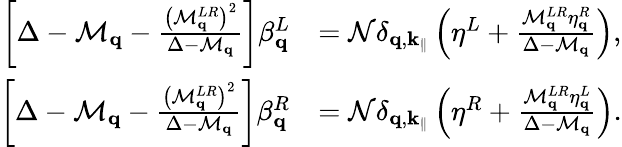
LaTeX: \begin{array}{rl}{\left[\Delta-\mathcal{M}_{\mathbf{q}}-\frac{\left(\mathcal{M}_{\mathbf{q}}^{LR}\right)^{2}}{\Delta-\mathcal{M}_{\mathbf{q}}}\right]\beta_{\mathbf{q}}^{L}}&{=\mathcal{N}\delta_{\mathbf{q},\mathbf{k}_{\parallel}}\left(\eta^{L}+\frac{\mathcal{M}_{\mathbf{q}}^{LR}\eta_{\mathbf{q}}^{R}}{\Delta-\mathcal{M}_{\mathbf{q}}}\right),}\\ {\left[\Delta-\mathcal{M}_{\mathbf{q}}-\frac{\left(\mathcal{M}_{\mathbf{q}}^{LR}\right)^{2}}{\Delta-\mathcal{M}_{\mathbf{q}}}\right]\beta_{\mathbf{q}}^{R}}&{=\mathcal{N}\delta_{\mathbf{q},\mathbf{k}_{\parallel}}\left(\eta^{R}+\frac{\mathcal{M}_{\mathbf{q}}^{LR}\eta_{\mathbf{q}}^{L}}{\Delta-\mathcal{M}_{\mathbf{q}}}\right).}\end{array}